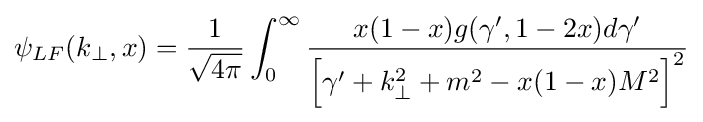
\psi _{LF}(k_{\perp },x)={\frac {1}{\sqrt {4\pi }}}\int _{0}^{\infty }{\frac {x(1-x)g(\gamma ',1-2x)d\gamma '}{{\Bigl [}\gamma '+k_{\perp }^{2}+m^{2}-x(1-x)M^{2}{\Bigr ]}^{2}}}